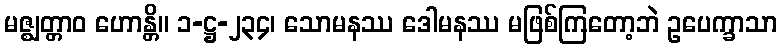
မဇ္ဈတ္တာဝ ဟောန္တိ။ ၁-ဋ္ဌ-၂၃၄၊ သောမနဿ ဒေါမနဿ မဖြစ်ကြတော့ဘဲ ဥပေက္ခာသာ